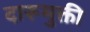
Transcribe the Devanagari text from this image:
दारूमुक्ती